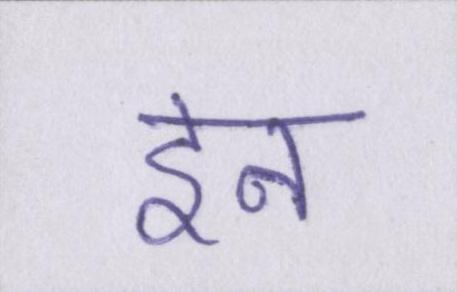
इन